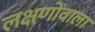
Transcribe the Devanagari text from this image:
लक्षणोंवाला